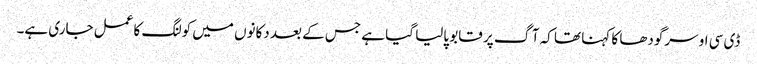
ڈی سی او سرگودھا کا کہنا تھا کہ آگ پر قابو پالیا گیا ہے جس کے بعد دکانوں میں کولنگ کا عمل جاری ہے۔